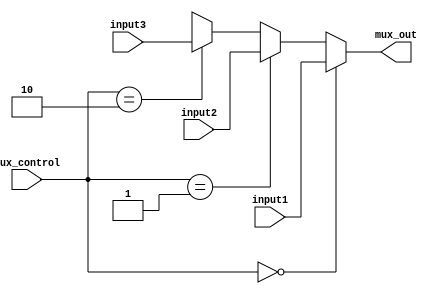
module Mux_3x1_32 (mux_out, input1, input2, input3, mux_control);

//This module is used for selecting one of the three 32-bit inputs to the output depending on the mux_control signal

input [31:0] input1, input2, input3;
input [1:0] mux_control;
output [31:0] mux_out;

assign mux_out = (mux_control == 2'b00) ? input1 : (mux_control == 2'b01) ? input2 : (mux_control == 2'b10) ? input3 : 32'bx;

endmodule